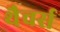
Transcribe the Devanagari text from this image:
थैचर्स